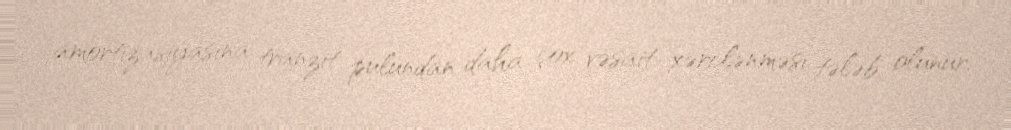
amortizasiyasına tranzit pulundan daha çox vəsait xərclənməsi tələb olunur.